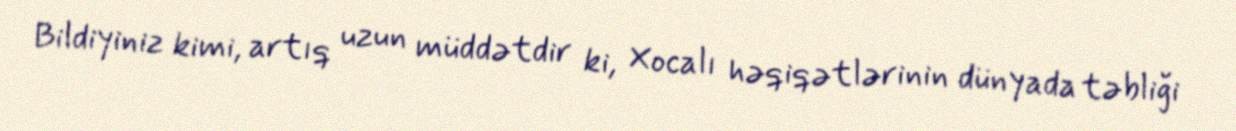
Bildiyiniz kimi, artıq uzun müddətdir ki, Xocalı həqiqətlərinin dünyada təbliği